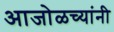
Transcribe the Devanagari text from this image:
आजोळच्यांनी